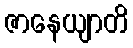
ဇာနေယျာတိ